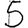
Digit: 5